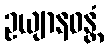
ဥယျာနဝန္တံ